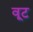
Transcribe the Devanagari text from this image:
वूट